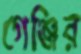
গেঞ্জির